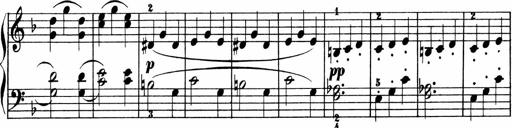
Title: 2 instructive Sonatinen
Composer: Paul Schumacher